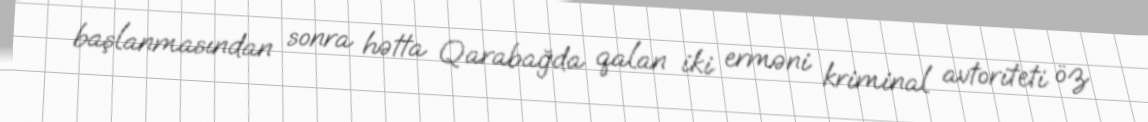
başlanmasından sonra hətta Qarabağda qalan iki erməni kriminal avtoriteti öz